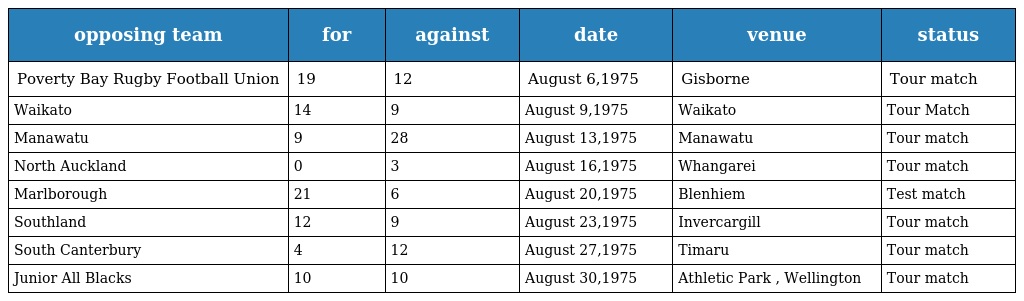
| opposing team | for | against | date | venue | status |
 | --- | --- | --- | --- | --- | --- |
 | Poverty Bay Rugby Football Union | 19 | 12 | August 6,1975 | Gisborne | Tour match |
 | Waikato | 14 | 9 | August 9,1975 | Waikato | Tour Match |
 | Manawatu | 9 | 28 | August 13,1975 | Manawatu | Tour match |
 | North Auckland | 0 | 3 | August 16,1975 | Whangarei | Tour match |
 | Marlborough | 21 | 6 | August 20,1975 | Blenhiem | Test match |
 | Southland | 12 | 9 | August 23,1975 | Invercargill | Tour match |
 | South Canterbury | 4 | 12 | August 27,1975 | Timaru | Tour match |
 | Junior All Blacks | 10 | 10 | August 30,1975 | Athletic Park , Wellington | Tour match |